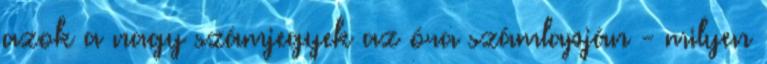
azok a nagy számjegyek az óra számlapján - milyen